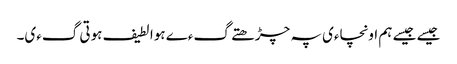
جیسے جیسے ہم اونچاءی پہ چڑھتے گءے ہوا لطیف ہوتی گءی۔